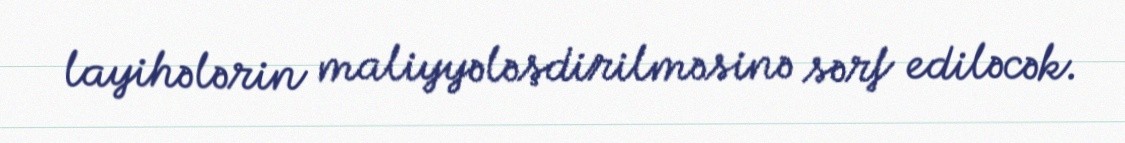
layihələrin maliyyələşdirilməsinə sərf ediləcək.